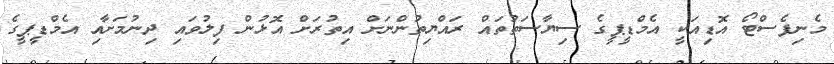
މެނިފެސްޓޯ އޮޑިއަކީ އެމްޑީޕީގެ ސިޔާސަތުތައް ރައްޔިތުންނަށް އިތުރަށް އޮޅުން ފިލުވައި ދިނުމަށާއި އެމްޑީޕީގެ